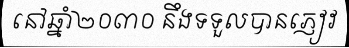
នៅឆ្នាំ២០៣០ នឹងទទួលបានភ្ញៀវ